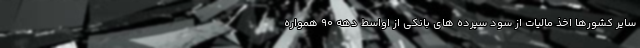
سایر کشورها اخذ مالیات از سود سپرده های بانکی از اواسط دهه 90 همواره